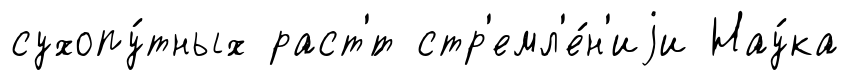
сухопу́тных раст'́т стр'емл'е́н'иjи Нау́ка